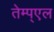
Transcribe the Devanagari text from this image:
तेम्प्एल